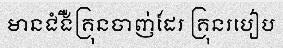
មានជំងឺគ្រុនចាញ់ដែរ គ្រុនរបៀប